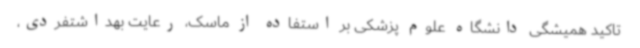
تاکید همیشگی دانشگاه علوم پزشکی بر استفاده از ماسک، رعایت بهداشتفردی،